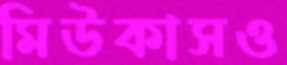
মিউকাসও